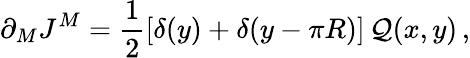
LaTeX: \partial_{M}J^{M}=\frac{1}{2}\left[\delta(y)+\delta(y-\pi R)\right]\, {\cal Q}(x,y)\, ,